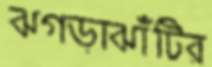
ঝগড়াঝাঁটির